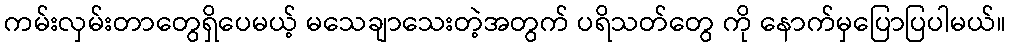
ကမ်းလှမ်းတာတွေရှိပေမယ့် မသေချာသေးတဲ့အတွက် ပရိသတ်တွေ ကို နောက်မှပြောပြပါမယ်။